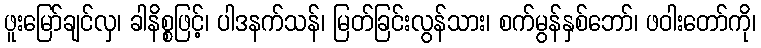
ဖူးမြော်ချင်လှ၊ ခါနိစ္စဖြင့်၊ ပါဒနက်သန်၊ မြတ်ခြင်းလွန်သား၊ စက်မွန်နှစ်ဘော်၊ ဖဝါးတော်ကို၊